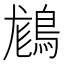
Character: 𪁪